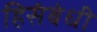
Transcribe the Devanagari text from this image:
हिसंबंधी